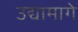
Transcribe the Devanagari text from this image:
उद्यामागे